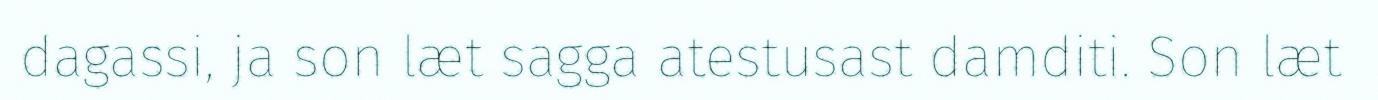
dagassi, ja son læt sagga atestusast damditi. Son læt